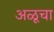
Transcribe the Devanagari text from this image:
अळूचा